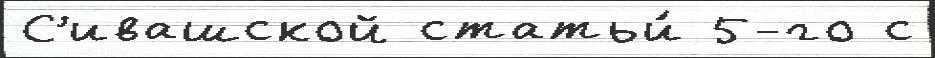
С'ивашской статьи́ 5-го с